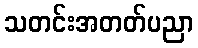
သတင်းအတတ်ပညာ